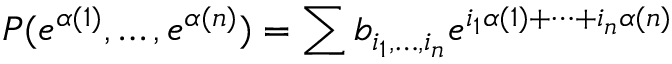
P ( e ^ { \alpha ( 1 ) } , \dots , e ^ { \alpha ( n ) } ) = \sum b _ { i _ { 1 } , \dots , i _ { n } } e ^ { i _ { 1 } \alpha ( 1 ) + \cdots + i _ { n } \alpha ( n ) }